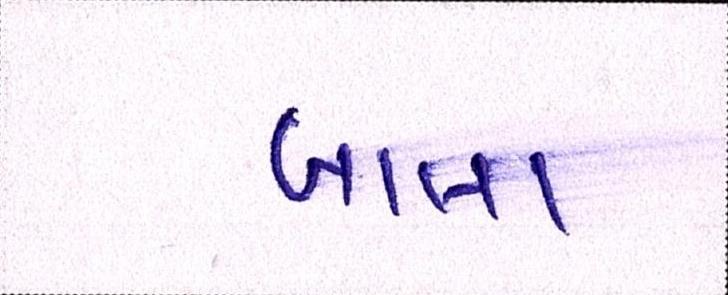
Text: બાલા